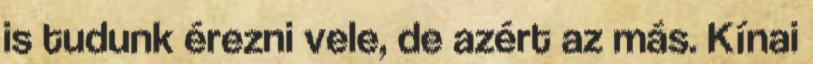
is tudunk érezni vele, de azért az más. Kínai